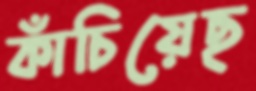
কাঁচিয়েছ